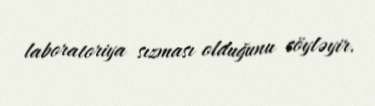
laboratoriya sızması olduğunu söyləyir.